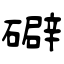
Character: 礔